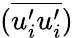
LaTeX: (\overline{{u_{i}^{\prime}u_{i}^{\prime}}})